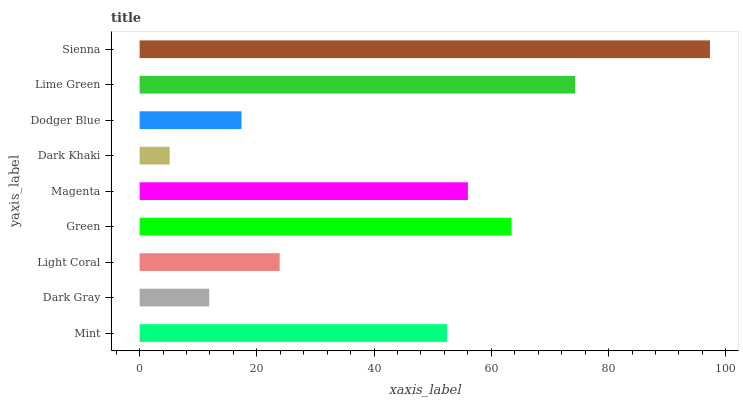
| yaxis_label | bars |
 | --- | --- |
 | Mint | 52.4 |
 | Dark Gray | 11.9 |
 | Light Coral | 23.9 |
 | Green | 63.5 |
 | Magenta | 56 |
 | Dark Khaki | 5.13 |
 | Dodger Blue | 17.4 |
 | Lime Green | 74.3 |
 | Sienna | 97.3 |